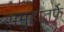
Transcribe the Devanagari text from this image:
समुहातर्फे